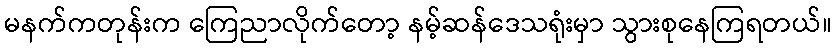
မနက်ကတုန်းက ကြေညာလိုက်တော့ နမ့်ဆန်ဒေသရုံးမှာ သွားစုနေကြရတယ်။